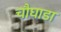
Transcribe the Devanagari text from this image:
चौघाडा